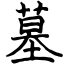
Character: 墓